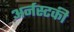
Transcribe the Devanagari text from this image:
अर्नस्टकी